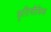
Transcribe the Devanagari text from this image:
कृतिलौकिक